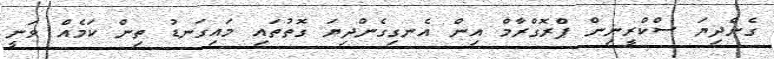
ގެންދިޔަ ސްކްރީނިން ޕްރޮގްރާމް އިން އެނގިގެންދިޔަ ގޮތުތައި މައިގަނޑު ތިން ކަމެއް ވަނީ